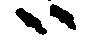
ハ